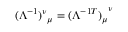
{ ( \Lambda ^ { - 1 } ) ^ { \nu } } _ { \mu } = { ( \Lambda ^ { - 1 T } ) _ { \mu } } ^ { \nu }